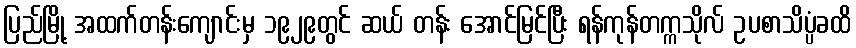
ပြည်မြို့ အထက်တန်းကျောင်းမှ ၁၉၂၉တွင် ဆယ် တန်း အောင်မြင်ပြီး ရန်ကုန်တက္ကသိုလ် ဥပစာသိပ္ပံခထိ